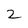
Character: 2